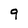
Character: q